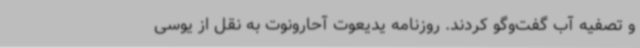
و تصفیه آب گفت‌وگو کردند. روزنامه یدیعوت آحارونوت به نقل از یوسی